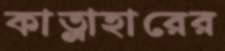
কাত্লাহারের